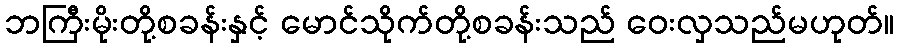
ဘကြီးမိုးတို့စခန်းနှင့် မောင်သိုက်တို့စခန်းသည် ဝေးလှသည်မဟုတ်။